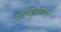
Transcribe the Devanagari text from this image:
शांबुवराय